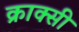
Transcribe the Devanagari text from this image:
क्राक्सी